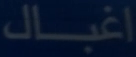
اغـال